Vaccination North-Western Provinces 1866-1877 - 1866-1877
Year: 1866
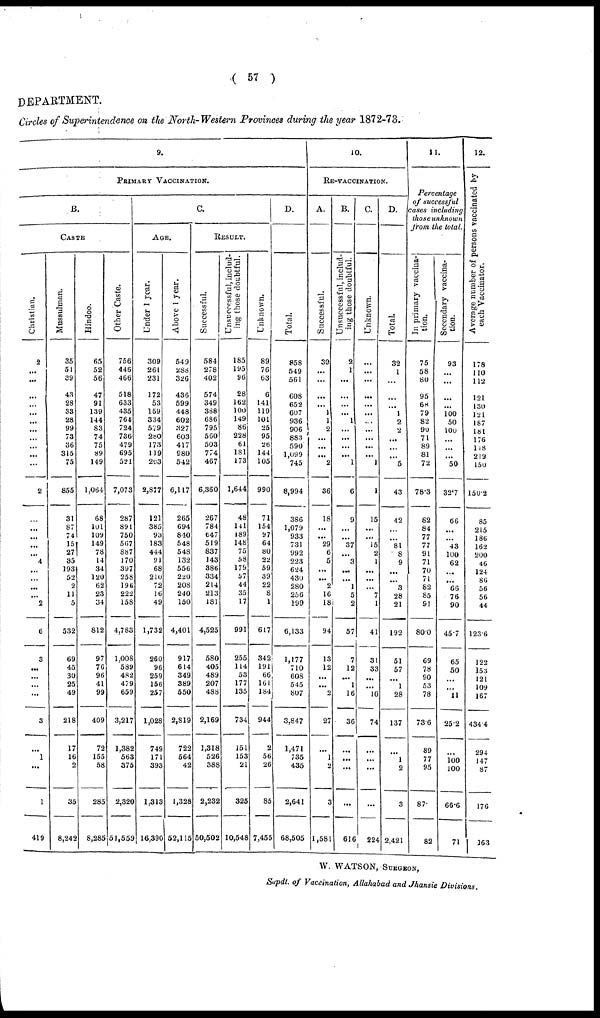
( 57 )
DEPARTMENT.
Circles of Superintendence on the North-Western Provinces during the year 1872-73.
9.
PRIMARY VACCINATION.
B.
CASTE
Christian.
2
...
...
...
...
...
...
...
...
...
...
...
2
...
...
...
...
...
4
...
...
...
...
2
6
3
...
...
...
...
3
...
1
...
1
419
Mussulman.
35
51
39
43
28
33
28
99
73
36
315
75
855
31
87
74
15
27
35
193
52
2
11
5
532
69
45
30
25
49
218
17
16
2
35
8,242
Hindoo.
65
52
56
47
91
139
144
83
74
75
89
149
1,064
68
101
109
149
78
14
34
120
62
23
34
812
97
76
96
41
99
409
72
155
58
285
8,285
Other Caste.
756
446
466
518
633
435
764
724
736
479
695
521
7,073
287
891
750
567
887
170
397
258
196
222
158
4,783
1,008
589
482
479
659
3,217
1,382
563
375
2,320
51,559
C.
AGE.
Under 1 year.
309
261
231
172
53
159
334
579
280
173
119
203
2,877
121
385
93
183
444
91
68
210
72
16
49
1,732
260
96
259
156
257
1,028
749
171
393
1,313
16,390
Above 1 year.
549
288
326
436
599
448
602
327
603
417
980
542
6,117
265
694
840
548
548
132
556
220
208
240
150
4,401
917
614
349
389
550
2,819
722
564
42
1,328
52,115
RESULT.
Successful.
584
278
402
574
349
388
686
795
560
503
774
467
6,360
267
784
647
519
837
143
386
334
214
213
181
4,525
580
405
489
207
488
2,169
1,318
526
388
2,232
50,502
Unsuccessful, includ-
ing those doubtful.
185
195
96
28
162
100
149
86
228
61
181
173
1,644
48
141
189
148
75
58
179
57
44
35
17
991
255
114
53
177
135
734
151
153
21
325
10,548
Unknown.
89
76
63
6
141
119
101
25
95
26
144
105
990
71
154
97
64
80
22
59
39
22
8
1
617
342
191
66
161
184
944
2
56
26
85
7,455
D.
Total.
858
549
561
608
652
607
936
906
883
590
1,099
745
8,994
386
1,079
933
731
992
223
624
430
280
256
199
6,133
1,177
710
608
545
807
3,847
1,471
735
435
2,641
68,505
10.
RE-VACCINATION.
A.
Successful.
30
...
...
...
...
1
1
2
...
...
...
2
36
18
...
...
29
6
5
...
...
2
16
18
94
13
12
...
...
2
27
...
1
2
3
1,581
B.
Unsuccessful, includ-
ing those doubtful.
2
1
...
...
...
...
1
...
...
...
...
1
6
9
...
...
37
...
3
...
...
1
5
2
57
7
12
...
1
16
36
...
...
...
...
616
C.
Unknown.
...
...
...
...
...
...
...
...
...
...
...
1
1
15
...
...
15
2
1
...
...
...
7
1
41
31
33
...
...
10
74
...
...
...
...
224
D.
Total.
32
1
...
...
1
2
2
...
...
...
5
43
42
...
...
81
8
9
...
...
3
28
21
192
51
57
...
1
28
137
...
1
2
3
2,421
11.
Percentage
of successful
cases including
those unknown
from the total.
In primary vaccina-
tion.
75
58
80
95
68
79
82
90
71
89
81
72
78.3
82
84
77
77
91
71
70
71
82
85
91
80.0
69
78
90
53
78
73.6
89
77
95
87
82
Secondary vaccina-
tion.
93
...
...
...
...
100
50
100
...
...
...
50
32.7
66
...
...
43
100
62
...
...
66
76
90
45.7
65
50
...
...
11
25.2
...
100
100
66.6
71
12.
Avernge number of persons vaccinated by
each Vaccinator.
178
110
112
121
130
121
187
181
176
118
219
150
150.2
85
215
186
162
200
46
124
86
56
56
44
123.6
122
153
121
109
167
434.4
294
147
87
176
163
W. WATSON, SURGEON,
Supdt. of Vaccination, Allahabad and Jhansie Divisions.